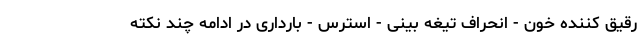
رقیق کننده خون - انحراف تیغه بینی - استرس - بارداری در ادامه چند نکته